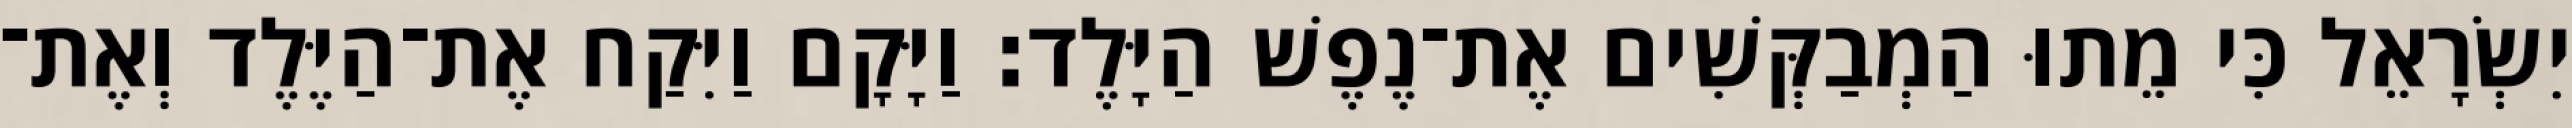
יִשְׂרָאֵל כִּי מֵתוּ הַמְבַקְּשִׁים אֶת־נֶפֶשׁ הַיָּלֶד׃ וַיָּקָם וַיִּקַח אֶת־הַיֶּלֶד וְאֶת־